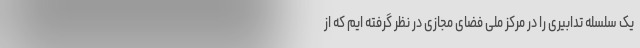
یک سلسله تدابیری را در مرکز ملی فضای مجازی در نظر گرفته ایم که از